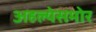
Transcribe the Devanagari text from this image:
अहल्येसमोर